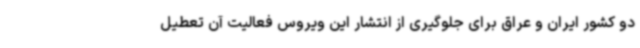
دو کشور ایران و عراق برای جلوگیری از انتشار این ویروس فعالیت آن تعطیل